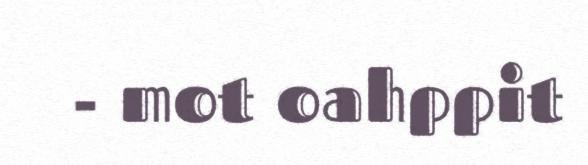
- mot oahppit